Annual report of the Punjab Veterinary College and of the Civil Veterinary Department, Punjab - 1909-1919
Year: 1909
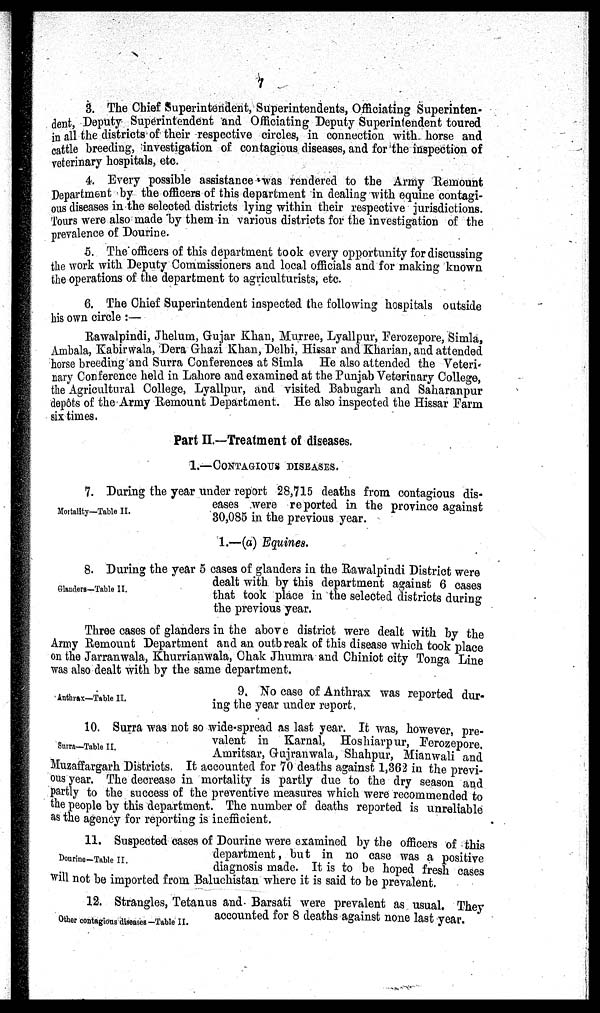
7
3. The Chief Superintendent, Superintendents, Officiating Superinten-
dent, Deputy Superintendent and Officiating Deputy Superintendent toured
in all the districts of their respective circles, in connection with horse and
cattle breeding, investigation of contagious diseases, and for the inspection of
veterinary hospitals, etc.
4. Every possible assistance was rendered to the Army Remount
Department by the officers of this department in dealing with equine contagi-
ous diseases in the selected districts lying within their respective jurisdictions.
Tours were also made by them in various districts for the investigation of the
prevalence of Dourine.
5. The officers of this department took every opportunity for discussing
the work with Deputy Commissioners and local officials and for making known
the operations of the department to agriculturists, etc.
6. The Chief Superintendent inspected the following hospitals outside
his own circle :—
Rawalpindi, Jhelum, Gujar Khan, Murree, Lyallpur, Ferozepore, Simla,
Ambala, Kabirwala, Dera Ghazi Khan, Delhi, Hissar and Kharian, and attended
horse breeding and Surra Conferences at Simla He also attended the Veteri-
nary Conference held in Lahore and examined at the Punjab Veterinary College,
the Agricultural College, Lyallpur, and visited Babugarh and Saharanpur
depôts of the Army Remount Department. He also inspected the Hissar Farm
six times.
Part II.-—Treatment of diseases.
1.—CONTAGIOUS DISEASES.
Mortality—Table II.
7. During the year under report 28,715 deaths from contagious dis-
eases were reported in the province against
30,085 in the previous year.
1.—(a) Equines.
Glanders—Table II.
8. During the year 5 cases of glanders in the Rawalpindi District were
dealt with by this department against 6 cases
that took place in the selected districts during
the previous year.
Three cases of glanders in the above district were dealt with by the
Army Remount Department and an outbreak of this disease which took place
on the Jarranwala, Khurrianwala, Ohak Jhumra and Chiniot city Tonga Line
was also dealt with by the same department.
Anthrax—Table II.
9, No case of Anthrax was reported dur-
ing the year under report.
Surra—Table II.
10. Surra was not so wide-spread as last year. It was, however, pre-
valent in Karnal, Hoshiarpur, Ferozepore.
Amritsar, Gujranwala, Shahpur, Mianwali and
Muzaffargarh Districts. It accounted for 70 deaths against 1,362 in the previ-
ous year. The decrease in mortality is partly due to the dry season and
partly to the success of the preventive measures which were recommended to
the people by this department. The number of deaths reported is unreliable
as the agency for reporting is inefficient.
Dourine-Table II.
11. Suspected cases of Dourine were examined by the officers of this
department, but in no case was a positive
diagnosis made. It is to be hoped fresh cases
will not be imported from Baluchistan where it is said to be prevalent.
Other contagious diseases—Table II.
12. Strangles, Tetanus and Barsati were prevalent as usual. They
accounted for 8 deaths against none last year.